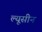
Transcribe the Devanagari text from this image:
ल्यूसीन